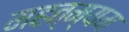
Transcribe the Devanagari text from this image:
महत्म्यम